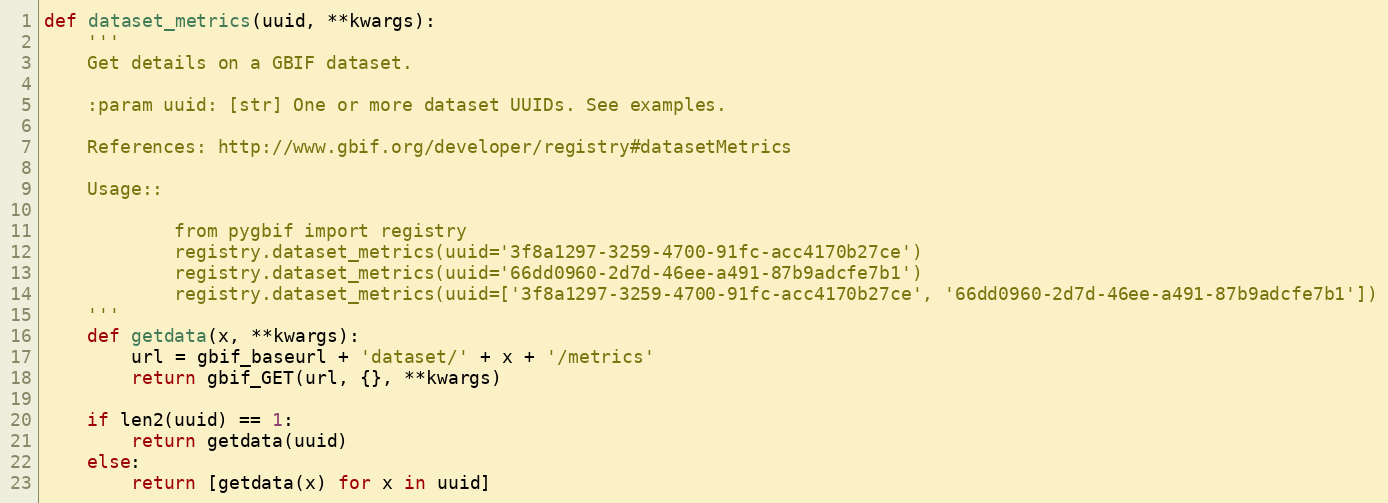
Language: Python
def dataset_metrics(uuid, **kwargs):
	'''
	Get details on a GBIF dataset.

	:param uuid: [str] One or more dataset UUIDs. See examples.

	References: http://www.gbif.org/developer/registry#datasetMetrics

	Usage::

			from pygbif import registry
			registry.dataset_metrics(uuid='3f8a1297-3259-4700-91fc-acc4170b27ce')
			registry.dataset_metrics(uuid='66dd0960-2d7d-46ee-a491-87b9adcfe7b1')
			registry.dataset_metrics(uuid=['3f8a1297-3259-4700-91fc-acc4170b27ce', '66dd0960-2d7d-46ee-a491-87b9adcfe7b1'])
	'''
	def getdata(x, **kwargs):
		url = gbif_baseurl + 'dataset/' + x + '/metrics'
		return gbif_GET(url, {}, **kwargs)

	if len2(uuid) == 1:
		return getdata(uuid)
	else:
		return [getdata(x) for x in uuid]